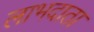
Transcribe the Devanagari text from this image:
लाभदाता